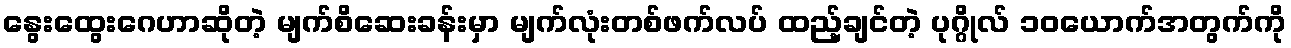
နွေးထွေးဂေဟာဆိုတဲ့ မျက်စိဆေးခန်းမှာ မျက်လုံးတစ်ဖက်လပ် ထည့်ချင်တဲ့ ပုဂ္ဂိုလ် ၁၀ယောက်အတွက်ကို